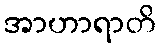
အာဟာရာတိ